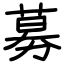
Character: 募